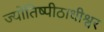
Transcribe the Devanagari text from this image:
ज्योतिष्पीठाधीश्वर